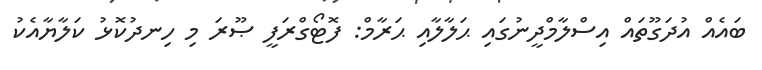
ބައެއް އުދަގޫތައް އިސްލާމްދީނުގައި ޙަލާލާއި ޙަރާމް: ފޮޓޯގްރަފީ ޞޫރަ މި ހިނދުކޮޅު ކަލާޔާއެކު